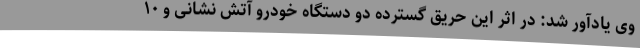
وی یادآور شد: در اثر این حریق گسترده دو دستگاه خودرو آتش نشانی و ۱۰